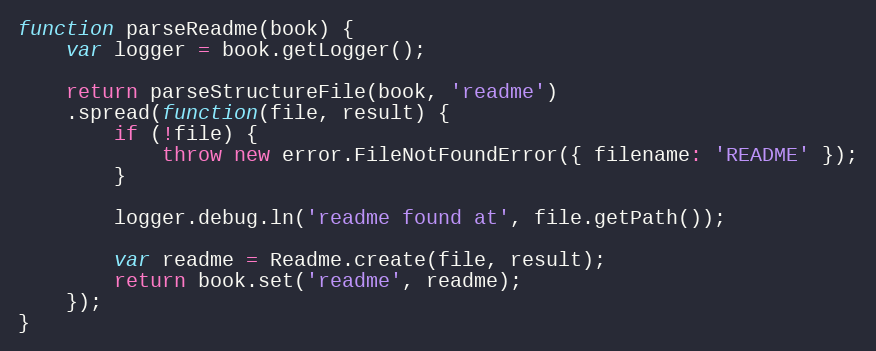
Language: JavaScript
function parseReadme(book) {
    var logger = book.getLogger();

    return parseStructureFile(book, 'readme')
    .spread(function(file, result) {
        if (!file) {
            throw new error.FileNotFoundError({ filename: 'README' });
        }

        logger.debug.ln('readme found at', file.getPath());

        var readme = Readme.create(file, result);
        return book.set('readme', readme);
    });
}